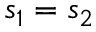
s _ { 1 } = s _ { 2 }